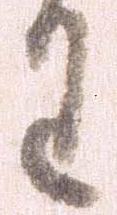
わ